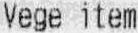
VEGE ITEM